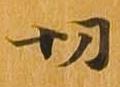
切